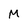
Character: M